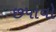
છપાવો